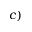
c )